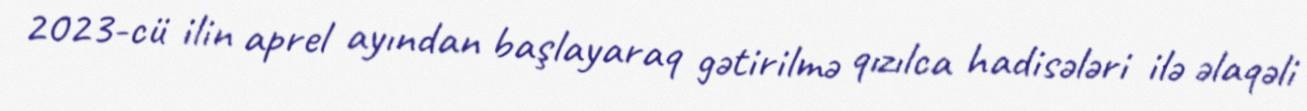
2023-cü ilin aprel ayından başlayaraq gətirilmə qızılca hadisələri ilə əlaqəli